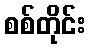
စစ်တိုင်း